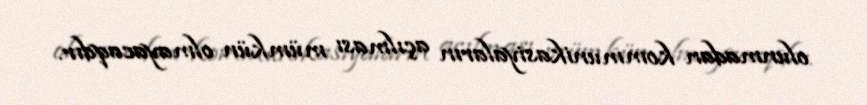
olunmadan kommunikasiyaların açılması mümkün olmayacaqdır.